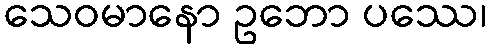
သေဝမာနော ဥဘော ပဿေ၊